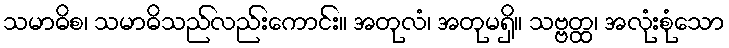
သမာဓိစ၊ သမာဓိသည်လည်းကောင်း။ အတုလံ၊ အတုမရှိ။ သဗ္ဗတ္ထ၊ အလုံးစုံသော